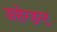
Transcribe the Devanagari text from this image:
असेन्डन्ट